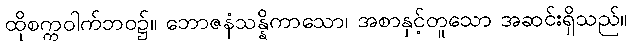
ထိုစက္ကဝါက်ဘဝ၌။ ဘောဇနံသန္နိကာသော၊ အစာနှင့်တူသော အဆင်းရှိသည်။